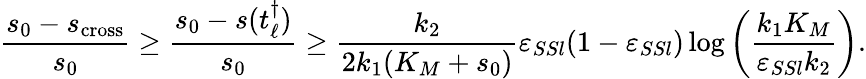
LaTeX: \frac{s_{0}-s_{\mathrm{cross}}}{s_{0}}\geq\frac{s_{0}-s(t_{\ell}^{\dagger})}{s_{0}}\geq\frac{k_{2}}{2k_{1}(K_{M}+s_{0})}\varepsilon_{SSl}(1-\varepsilon_{SSl})\log\left(\frac{k_{1}K_{M}}{\varepsilon_{SSl}k_{2}}\right).